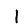
Digit: 1